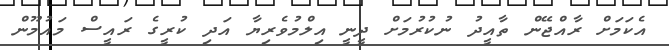
އެކަމަށް ރާއްޖޭން ތާއީދު ނުކުރުމަށް ދީނީ އިލްމުވެރިޔާ އަދި ކުރީގެ ރައީސް މައުމޫން